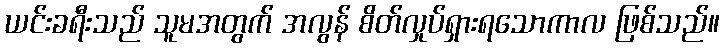
ယင်းခရီးသည် သူမအတွက် အလွန် စိတ်လှုပ်ရှားရသောကာလ ဖြစ်သည်။